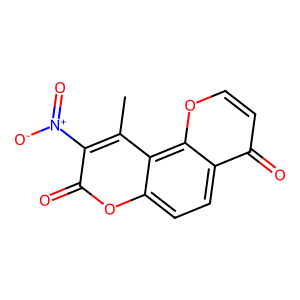
SMILES: Cc1c([N+](=O)[O-])c(=O)oc2ccc3c(=O)ccoc3c12
Inhibits HIV replication: No